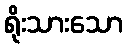
ရိုးသားသော